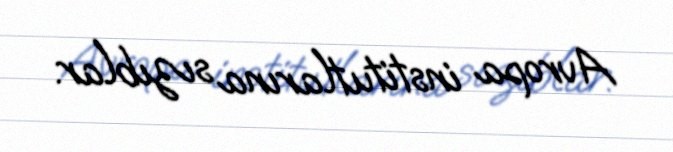
Avropa institutlarına sızıblar.